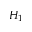
H _ { 1 }